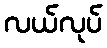
လယ်လုပ်